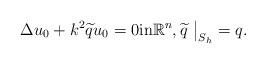
LaTeX: \begin{align*} \Delta u_0 +k^2\widetilde qu_0=0\mbox{in} \mathbb R^n,\widetilde q~\big|_{S_h} =q. \end{align*}